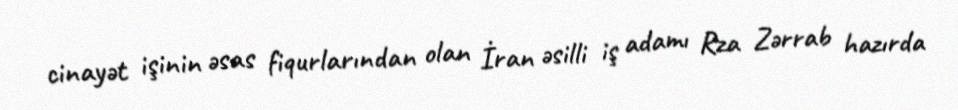
cinayət işinin əsas fiqurlarından olan İran əsilli iş adamı Rza Zərrab hazırda